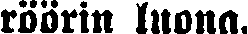
röörin luona.